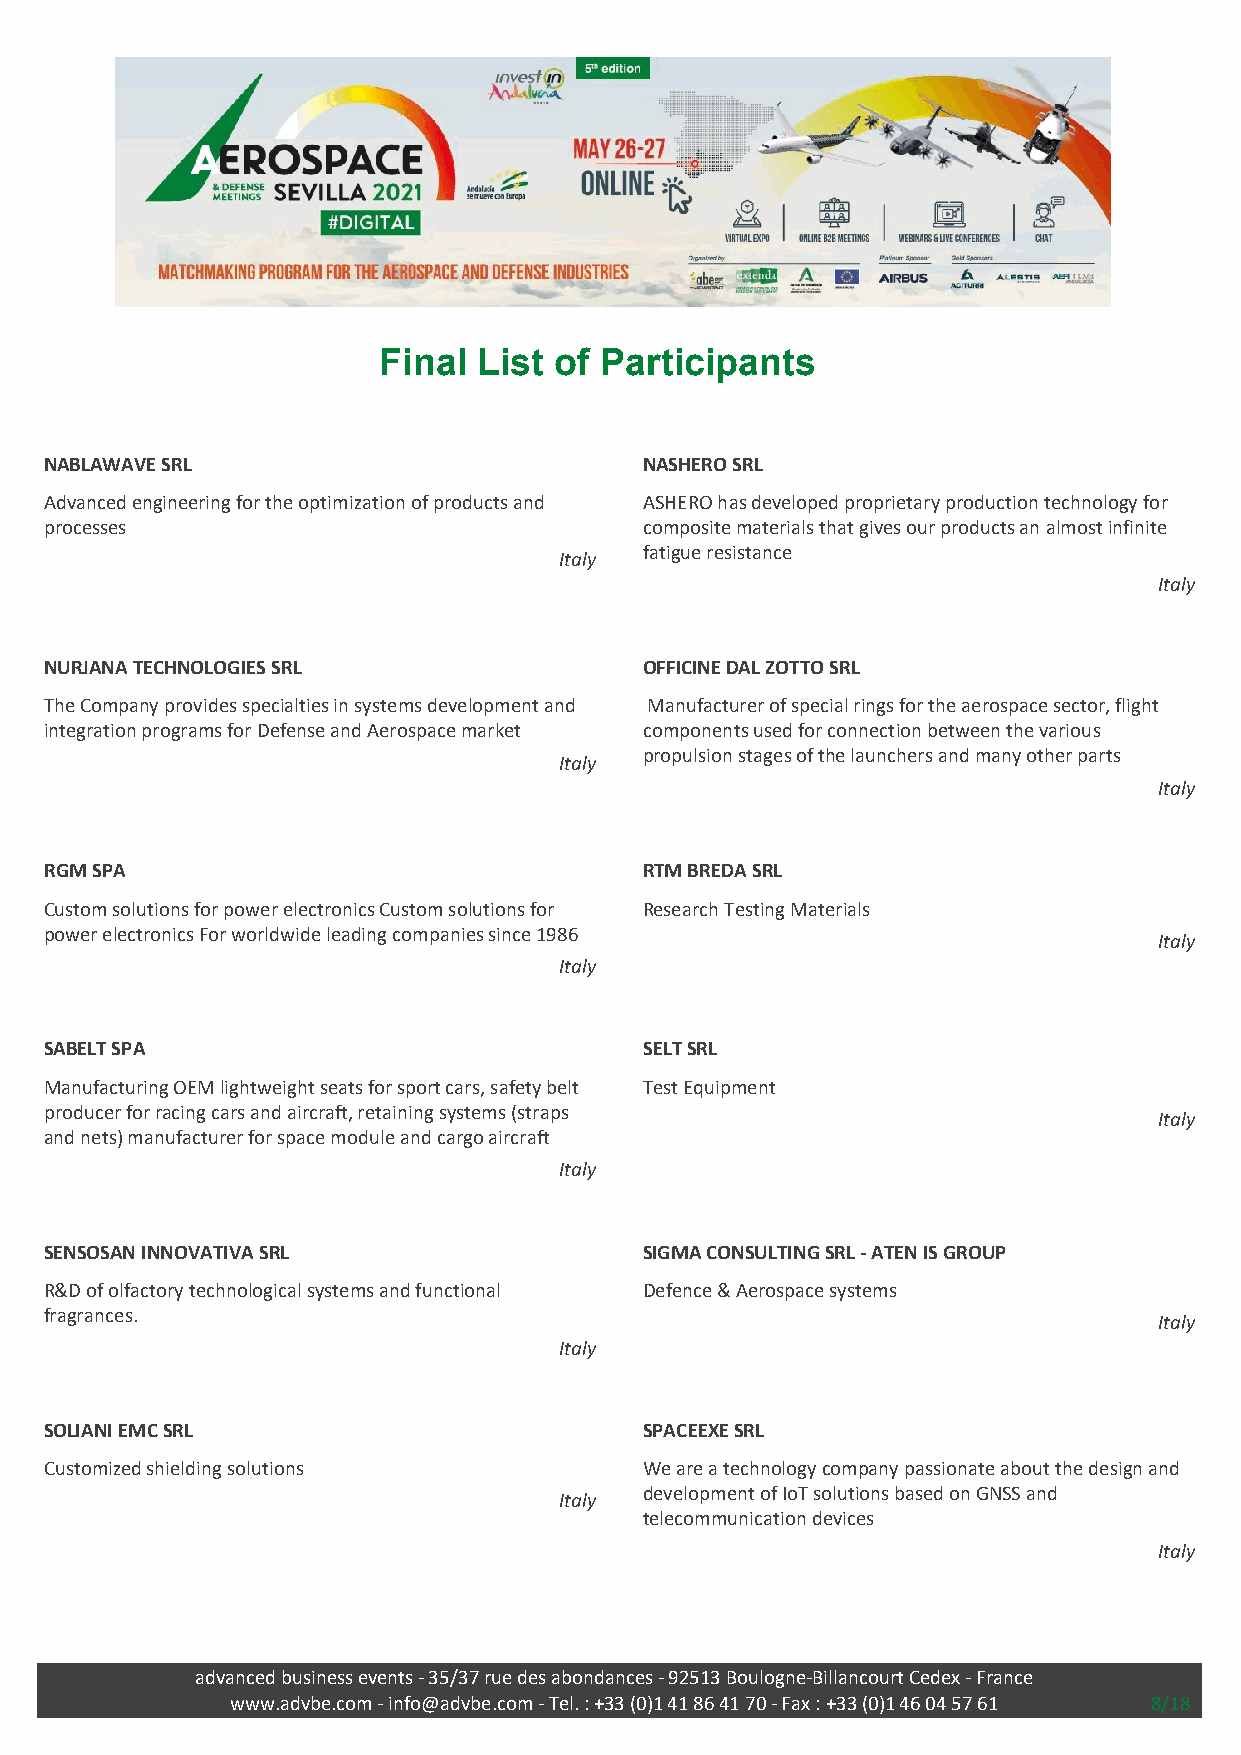
Final  List of Participants
 NABLAWAVE SRL                           NASHERO SRL
 Advanced engineering for the optimization of products and ASHERO has developed proprietary production technology for
 processes                               composite materials that gives our products an almost infinite
 fatigue resistance
 Italy
 Italy
 NURJANA TECHNOLOGIES SRL                OFFICINE DAL ZOTTO SRL
 The Company provides specialties in systems development and Manufacturer of special rings for the aerospace sector, flight
 integration programs for Defense and Aerospace market components used for connection between the various
 propulsion stages of the launchers and many other parts
 Italy
 Italy
 RGM SPA                                 RTM BREDA SRL
 Custom solutions for power electronics Custom solutions for Research Testing Materials
 power electronics For worldwide leading companies since 1986
 Italy
 Italy
 SABELT SPA                              SELT SRL
 Manufacturing OEM lightweight seats for sport cars, safety belt Test Equipment
 producer for racing cars and aircraft, retaining systems (straps
 Italy
 and nets) manufacturer for space module and cargo aircraft
 Italy
 SENSOSAN INNOVATIVA SRL                 SIGMA CONSULTING SRL - ATEN IS GROUP
 R&D of olfactory technological systems and functional Defence & Aerospace systems
 fragrances.
 Italy
 Italy
 SOLIANI EMC SRL                         SPACEEXE SRL
 Customized shielding solutions          We are a technology company passionate about the design and
 development of IoT solutions based on GNSS and
 Italy
 telecommunication devices
 Italy
 advanced business events - 35/37 rue des abondances - 92513 Boulogne-Billancourt Cedex - France
 www.advbe.com - info@advbe.com - Tel. : +33 (0)1 41 86 41 70 - Fax : +33 (0)1 46 04 57 61 8/18